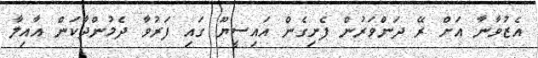
އެޒުވާނާ އަށް ރޭ ދަންވަރުން ފެށިގެން އައިސީޔޫ ގައި ފަރުވާ ދެމުންދާކަން އާއިލާ